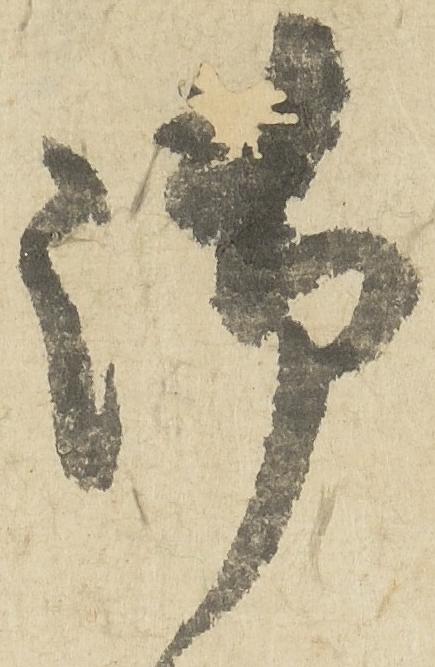
御